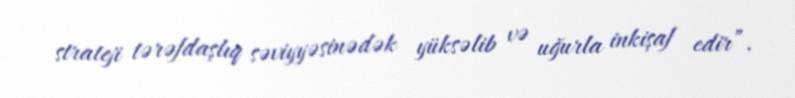
strateji tərəfdaşlıq səviyyəsinədək yüksəlib və uğurla inkişaf edir”.